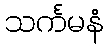
သင်္ကမနံ